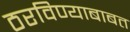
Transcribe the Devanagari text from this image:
ठरविण्याबाबत